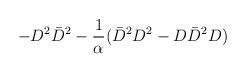
\begin{align*}- D^2 \bar{D}^2 - {1 \over \alpha} ( \bar{D}^2 D^2 - D \bar{D}^2 D )\end{align*}